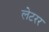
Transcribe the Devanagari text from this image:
लेटरर